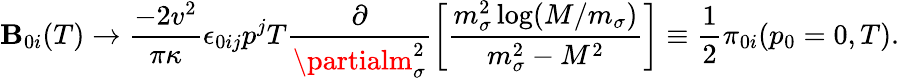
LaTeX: \mathbf{B}_{0i}(T)\rightarrow\frac{{-2v^{2}}}{{\pi\kappa}}\epsilon_{0ij}p^{j}T\frac{{\partial}}{{\partialm_{\sigma}^{2}}}\left[\frac{{m_{\sigma}^{2}\log(M/m_{\sigma})}}{{m_{\sigma}^{2}-M^{2}}}\right]\equiv\frac{{1}}{{2}}{\cal{\pi}}_{0i}(p_{0}=0,T).